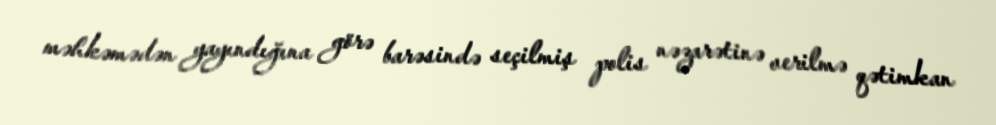
məhkəmədən yayındığına görə barəsində seçilmiş polis nəzarətinə verilmə qətimkan